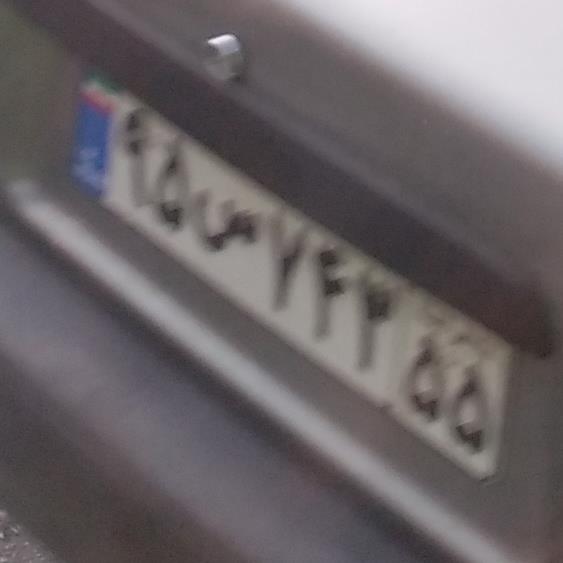
۹۵س۷۴۳۵۵